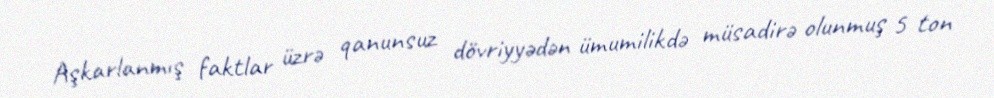
Aşkarlanmış faktlar üzrə qanunsuz dövriyyədən ümumilikdə müsadirə olunmuş 5 ton